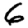
Digit: 6